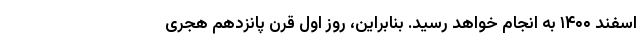
اسفند ۱۴۰۰ به انجام خواهد رسید. بنابراین، روز اول قرن پانزدهم هجری